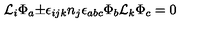
{ \cal L } _ { i } { \Phi } _ { a } { \pm } { \epsilon } _ { i j k } n _ { j } { \epsilon } _ { a b c } { \Phi } _ { b } { \cal L } _ { k } { \Phi } _ { c } = 0